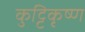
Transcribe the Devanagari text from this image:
कुट्टिकृष्ण